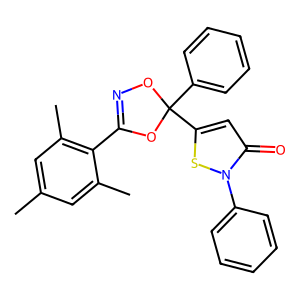
SMILES: Cc1cc(C)c(C2=NOC(c3ccccc3)(c3cc(=O)n(-c4ccccc4)s3)O2)c(C)c1
Inhibits HIV replication: Yes